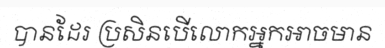
បានដែរ ប្រសិនបើលោកអ្នកអាចមាន